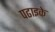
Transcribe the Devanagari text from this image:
पढाइके